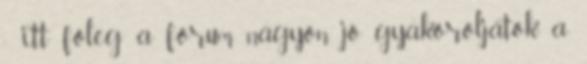
- itt főleg a fórum nagyon jó gyakoroljátok a